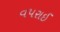
વપરાઈ